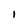
Character: I